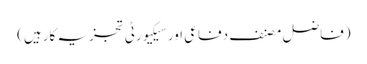
(فاضل مصنف دفاعی اور سیکیورٹی تجزیہ کارہیں)